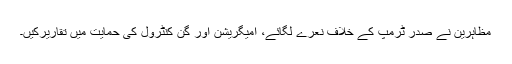
مظاہرین نے صدر ٹرمپ کے خلاف نعرے لگائے، امیگریشن اور گن کنٹرول کی حمایت میں تقاریرکیں۔